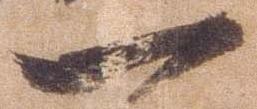
一